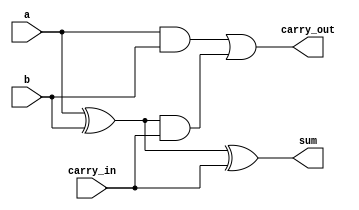
// This is an Implementation of Full Adder
//Here we are using the implementation where 2 XOR , 2 AND and 1 OR gate is required to build Full Adder


module add_1bit(sum,carry_out,a,b,carry_in);

output sum,carry_out;
input a,b,carry_in;
wire x,y,z;
xor(sum,a,b,carry_in);
xor(x,a,b);
and(y,a,b);
and(z,x,carry_in);
or(carry_out,y,z);

endmodule